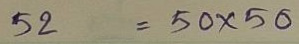
52 = 50x50